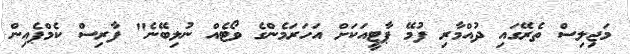
މަޖިލިސް ތެރޭގައި ދުއްމާރި ފުމޭ ޕާޓީއަކަށް އަހަރަމެންގެ ވޯޓެއް ނުލިބޭނެ" ފާރިސް ކެމްޕެއިން